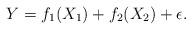
LaTeX: \begin{align*}Y=f_1(X_1)+f_2(X_2)+\epsilon.\end{align*}